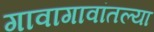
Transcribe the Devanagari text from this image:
गावागावांतल्या